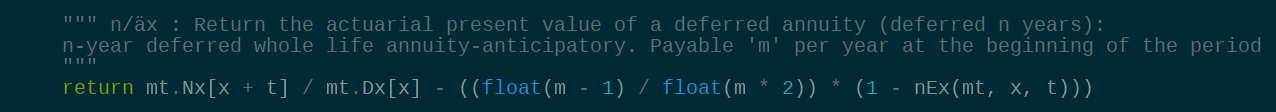
Language: Python
    """ n/äx : Return the actuarial present value of a deferred annuity (deferred n years):
    n-year deferred whole life annuity-anticipatory. Payable 'm' per year at the beginning of the period
    """
    return mt.Nx[x + t] / mt.Dx[x] - ((float(m - 1) / float(m * 2)) * (1 - nEx(mt, x, t)))